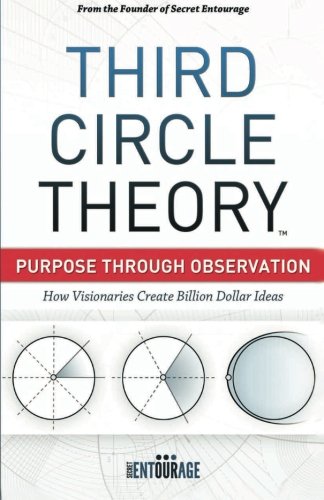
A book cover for Third Circle Theory: Purpose Through Observation; Pejman Ghadimi; Business & Money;